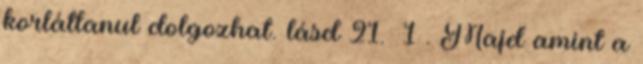
korlátlanul dolgozhat. lásd 21.̕§ 1 . Majd amint a